Report on the Civil Veterinary Department, Eastern Bengal and Assam - 1907-1911
Year: 1907
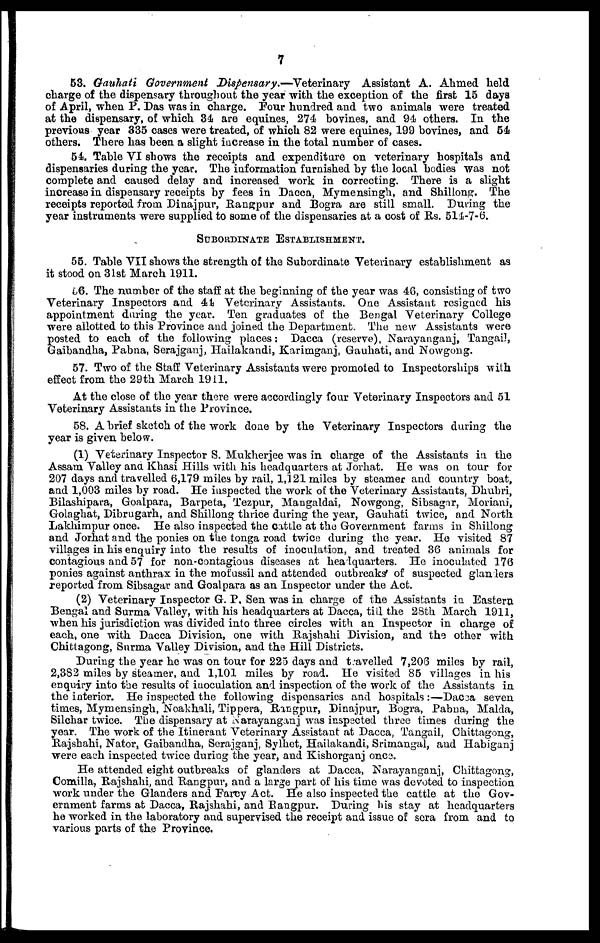
7
53. Gauhati Government Dispensary.—Veterinary
Assistant A. Ahmed held
charge of the dispensary throughout the year with the exception of the first 15 days
of April, when P. Das was in charge. Pour hundred and two animals were treated
at the dispensary, of which 34 are equines, 274 bovines, and 94 others. In the
previous year 835 cases were treated, of which 82 were equines, 199 bovines, and 54
others. There has been a slight increase in the total number of cases.
54. Table VI shows the receipts and expenditure on veterinary hospitals and
dispensaries during the year. The information furnished by the local bodies was not
complete and caused delay and increased work in correcting. There is a slight
increase in dispensary receipts by fees in Dacca, Mymensingh, and Shillong. The
receipts reported from Dinajpur, Rangpur and Bogra are still small. During the
year instruments were supplied to some of the dispensaries at a cost of Rs. 514-7-6.
SUBORDINATE ESTABLISHMENT.
55. Table VII shows the strength of the Subordinate Veterinary establishment as
it stood on 31st March 1911.
56. The number of the staff at the beginning of the year was 46, consisting of two
Veterinary Inspectors and 44 Veterinary Assistants. One Assistant resigned his
appointment during the year. Ten graduates of the Bengal Veterinary College
were allotted to this Province and joined the Department. The new Assistants were
posted to each of the following places: Dacca (reserve), Narayanganj, Tangail,
Gaibandha, Pabna, Serajganj, Hailakandi, Karimganj, Gauhati, and Nowgong.
57. Two of the Staff Veterinary Assistants were promoted to Inspectorships with
effect from the 29th March 1911.
At the close of the year there were accordingly four Veterinary Inspectors and 51
Veterinary Assistants in the Province.
58. A brief sketch of the work done by the Veterinary Inspectors during the
year is given below.
(1) Veterinary Inspector S. Mukherjee was in charge of the Assistants in the
Assam Valley ana Khasi Hills with his headquarters at Jorhat. He was on tour for
207 days and travelled 6,179 miles by rail, 1,121 miles by steamer and country boat,
and 1,003 miles by road. He inspected the work of the Veterinary Assistants, Dhubri,
Bilashipara, Goalpara, Barpeta, Tezpur, Mangaldai, Nowgong, Sibsagar, Moriani,
Golaghat, Dibrugarh, and Shillong thrice during the year, Gauhati twice, and North
Lakhimpur once. He also inspected the cattle at the Government farms in Shillong
and Jorhat and the ponies on the tonga road twice during the year. He visited 87
villages in his enquiry into the results of inoculation, and treated 36 animals for
contagious and 57 for non-contagious diseases at headquarters. He inoculated 176
ponies against anthrax in the mofussil and attended outbreaks' of suspected glanders
reported from Sibsagar and Goalpara as an Inspector under the Act.
(2) Veterinary Inspector G. P. Sen was in charge of the Assistants in Eastern
Bengal and Surma Valley, with his headquarters at Dacca, till the 28th March 1911,
when his jurisdiction was divided into three circles with an Inspector in charge of
each, one with Dacca Division, one with Rajshahi Division, and the other with
Chittagong, Surma Valley Division, and the Hill Districts.
During the year he was on tour for 225 days and travelled 7,206 miles by rail,
2,382 miles by steamer, and 1,101 miles by road. He visited 85 villages in his
enquiry into the results of inoculation and inspection of the work of the Assistants in
the interior. He inspected the following dispensaries and hospitals:—Dacca seven
times, Mymensingh, Noakhali, Tippera, Rangpur, Dinajpur, Bogra, Pabna, Malda,
Silchar twice. The dispensary at Narayanganj was inspected three times during the
year. The work of the Itinerant Veterinary Assistant at Dacca, Tangail, Chittagong,
Rajshahi, Nator, Gaibandha, Serajganj, Sylhet, Hailakandi, Srimangal, and Habiganj
were each inspected twice during the year, and Kishorganj once.
He attended eight outbreaks of glanders at Dacca, Narayanganj, Chittagong,
Comilla, Rajshahi, and Rangpur, and a large part of his time was devoted to inspection
work under the Glanders and Farcy Act. He also inspected the cattle at the Gov-
ernment farms at Dacca, Rajshahi, and Rangpur. During his stay at headquarters
he worked in the laboratory and supervised the receipt and issue of sera from and to
various parts of the Province.